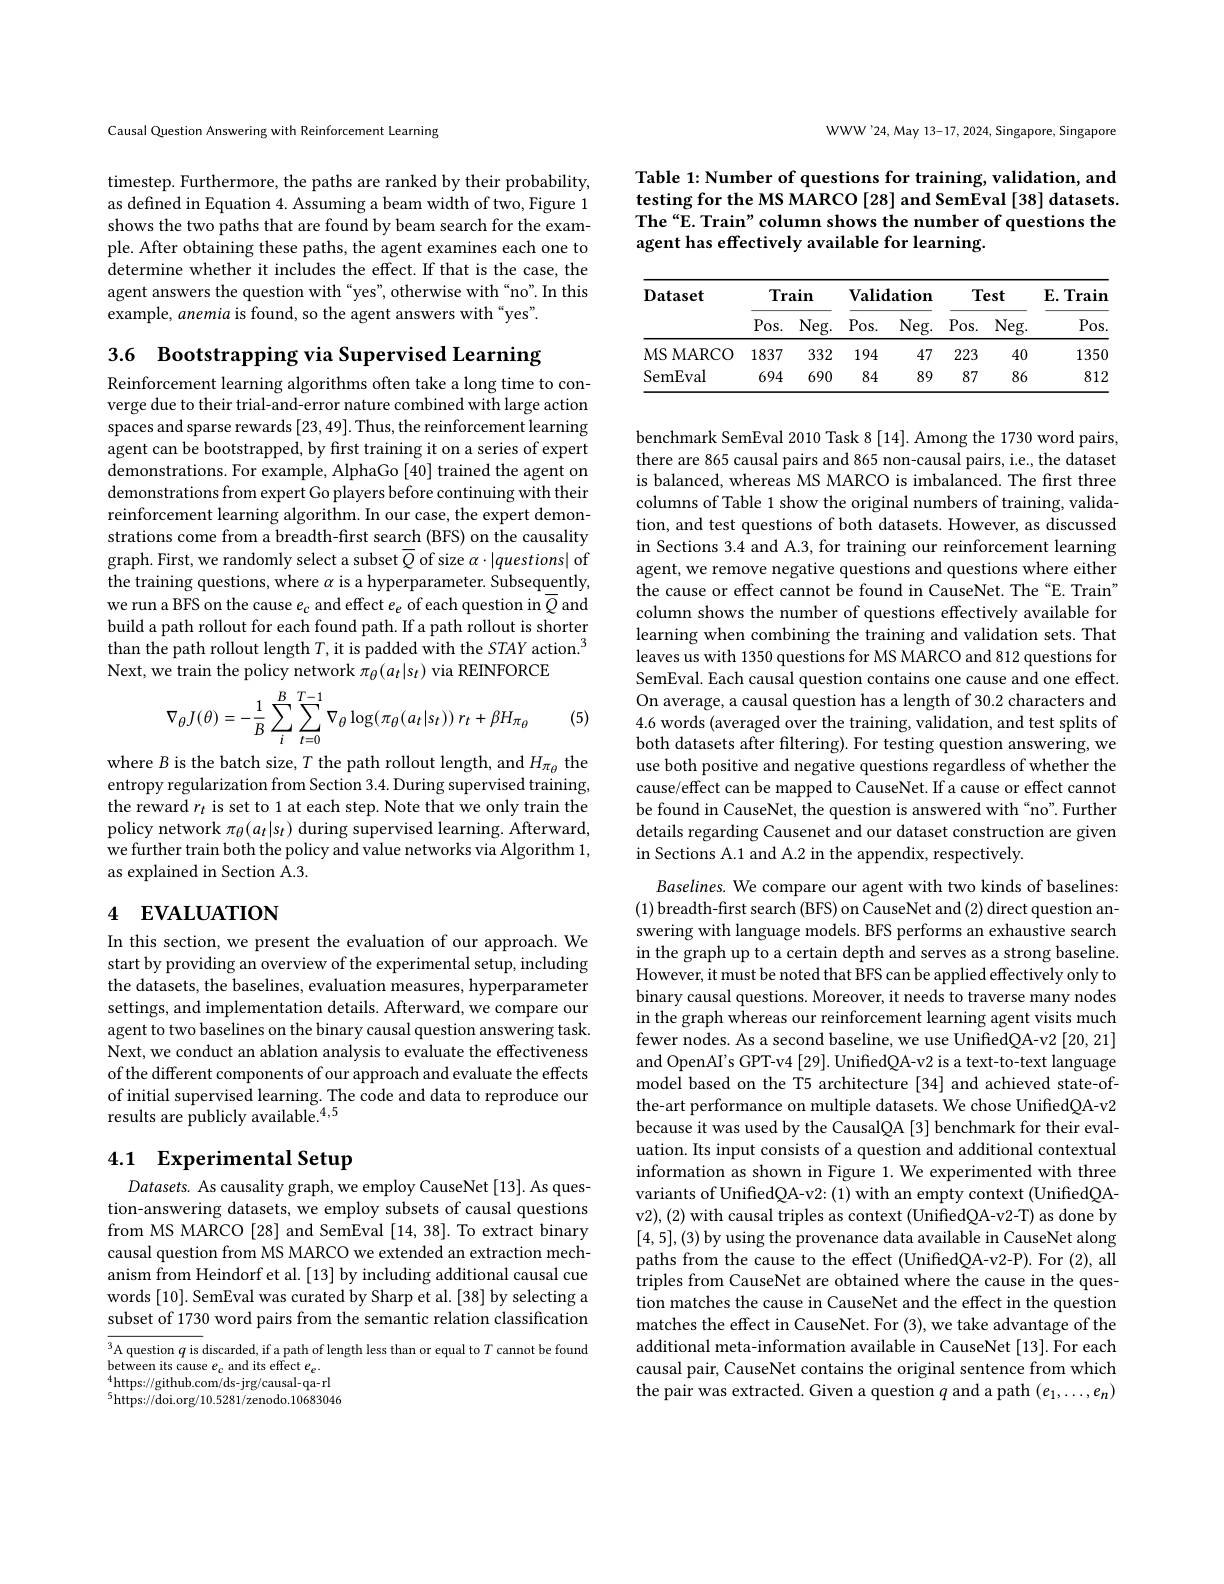
Causal Question Answering with Reinforcement Learning

timestep. Furthermore, the paths are ranked by their probability, as defined in Equation 4. Assuming a beam width of two, Figure 1 shows the two paths that are found by beam search for the example. After obtaining these paths, the agent examines each one to determine whether it includes the effect. If that is the case, the agent answers the question with “yes”, otherwise with“no”. In this example, anemia is found, so the agent answers with“yes”.

3.6 Bootstrapping via Supervised Learning

Reinforcement learning algorithms often take a long time to converge due to their trial-and-error nature combined with large action spaces and sparse rewards [23,49]. Thus, the reinforcement learning agent can be bootstrapped, by first training it on a series of expert demonstrations. For example, AlphaGo [40] trained the agent on demonstrations from expert Go players before continuing with their reinforcement learning algorithm. In our case, the expert demonstrations come from a breadth-first search (BFS) on the causality graph. First, we randomly select a subset $\overline Q$ of size $\alpha\cdot|questions|$ of the training questions, where $\alpha$ is a hyperparameter. Subsequently, we run a BFS on the cause $e_c$ and effect $e_e$ of each question in $\overline{Q}$ and build a path rollout for each found path. If a path rollout is shorter than the path rollout length $T$, it is padded with the STAY action.$^3$ Next, we train the policy network $\pi_\theta(a_t|s_t)$ via REINFORCE
$$\nabla_{\theta}J(\theta)=-\frac{1}{B}\sum_{i}^{B}\sum_{t=0}^{T-1}\nabla_{\theta}\log(\pi_{\theta}(a_{t}|s_{t}))\:r_{t}+\beta H_{\pi_{\theta}}$$
(5)

where $B$ is the batch size, $T$ the path rollout length, and $H_{\pi_\theta}$ the entropy regularization from Section 3.4. During supervised training, the reward $r_t$ is set to 1 at each step. Note that we only train the policy network $\pi_\theta(a_t|s_t)$ during supervised learning. Afterward, we further train both the policy and value networks via Algorithm 1, as explained in Section A.3.

# 4 EVALUATION

In this section, we present the evaluation of our approach. We start by providing an overview of the experimental setup, including the datasets, the baselines, evaluation measures, hyperparameter settings, and implementation details. Afterward, we compare our agent to two baselines on the binary causal question answering task. Next, we conduct an ablation analysis to evaluate the effectiveness of the different components of our approach and evaluate the effects of initial supervised learning. The code and data to reproduce our results are publicly available.$^{\textcircled{4},5}$

## 4.1 Experimental Setup

Datasets. As causality graph, we employ CauseNet [13]. As question-answering datasets, we employ subsets of causal questions from MS MARCO [28] and SemEval [14,38]. To extract binary causal question from MS MARCO we extended an extraction mechanism from Heindorf et al. [13] by including additional causal cue words [10]. SemEval was curated by Sharp et al. [38] by selecting a subset of 1730 word pairs from the semantic relation classification

A question $q$ is discarded, if a path of length less than or equal to $T$ cannot be found
$\begin{array}{l}{\text{between its cause }e_{c}\text{ and its effect }e_{e}.}\\{^{4}\text{https://github.com/ds-jrg/causal-qa-rl}}\\{^{4}\text{https://github.com/ds-jrg/causal-qa-rl}}\end{array}$ $^{5}$https://doi.org/10.5281/zenodo.10683046

WWW'24, May 13-17, 2024, Singapore, Singapore

Table 1: Number of questions for training, validation, and testing for the MS MARCO [28] and SemEval [38] datasets. The“E. Train” column shows the number of questions the agent has effectively available for learning.

<table>
	<tbody>
		<tr>
			<th rowspan="2">Dataset</th>
			<th colspan="2">Train</th>
			<th colspan="2">$\mathbf{Validation}$</th>
			<th colspan="2">Test</th>
			<th rowspan="2">$\mathbf{E}.\mathbf{Train}$ Pos</th>
		</tr>
		<tr>
			<th>$Pos.$</th>
			<th>Neg. </th>
			<th>$Pos.$</th>
			<th>Neg. </th>
			<th>$Pos.$</th>
			<th>Neg. </th>
		</tr>
		<tr>
			<td>MS MARCO 1 1</td>
			<td>1837</td>
			<td>332</td>
			<td>194</td>
			<td>47</td>
			<td>223</td>
			<td>40</td>
			<td>1350</td>
		</tr>
		<tr>
			<td>SemEval</td>
			<td>694</td>
			<td>690</td>
			<td>84</td>
			<td>89</td>
			<td>87</td>
			<td>86</td>
			<td>812</td>
		</tr>
	</tbody>
</table>

benchmark SemEval 2010 Task 8 [14]. Among the 1730 word pairs, there are 865 causal pairs and 865 non-causal pairs, i.e., the dataset is balanced, whereas MS MARCO is imbalanced. The first three columns of Table 1 show the original numbers of training, validation, and test questions of both datasets. However, as discussed in Sections 3.4 and A.3, for training our reinforcement learning agent, we remove negative questions and questions where either the cause or effect cannot be found in CauseNet. The “E. Train" column shows the number of questions effectively available for learning when combining the training and validation sets. That leaves us with 1350 questions for MS MARCO and 812 questions for SemEval. Each causal question contains one cause and one effect. On average, a causal question has a length of 30.2 characters and 4.6 words (averaged over the training, validation, and test splits of both datasets after filtering). For testing question answering, we use both positive and negative questions regardless of whether the cause/effect can be mapped to CauseNet. If a cause or effect cannot be found in CauseNet, the question is answered with “no”. Further details regarding Causenet and our dataset construction are given in Sections A.1 and A.2 in the appendix, respectively

Baselines. We compare our agent with two kinds of baselines: (1) breadth-first search (BFS) on CauseNet and (2) direct question answering with language models. BFS performs an exhaustive search in the graph up to a certain depth and serves as a strong baseline. However, it must be noted that BFS can be applied effectively only to binary causal questions. Moreover, it needs to traverse many nodes in the graph whereas our reinforcement learning agent visits much fewer nodes. As a second baseline, we use UnifiedQA-v2 [20,21] and OpenAI's GPT-v4 [29]. UnifiedQA-v2 is a text-to-text language model based on the T5 architecture [34] and achieved state-ofthe-art performance on multiple datasets. We chose UnifiedQA-v2 because it was used by the CausalQA [3] benchmark for their evaluation. Its input consists of a question and additional contextual information as shown in Figure 1. We experimented with three variants of UnifiedQA-v2: (1) with an empty context (UnifiedQAv2),(2) with causal triples as context (UnifiedQA-v2-T) as done by [4,5],(3) by using the provenance data available in CauseNet along paths from the cause to the effect (UnifiedQA-v2-P). For (2), all triples from CauseNet are obtained where the cause in the question matches the cause in CauseNet and the effect in the question matches the effect in CauseNet. For (3), we take advantage of the additional meta-information available in CauseNet [13]. For each causal pair, CauseNet contains the original sentence from which the pair was extracted. Given a question $q$ and a path $(e_1,\ldots,e_n)$